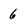
Character: 6